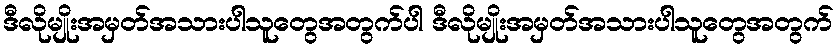
ဒီလိုမျိုးအမှတ်အသားပါသူတွေအတွက်ပါ ဒီလိုမျိုးအမှတ်အသားပါသူတွေအတွက်